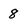
Character: 8